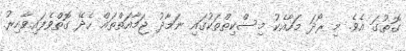
ގޮތުގަ އެވެ. މި ރޯދަ މަހާއެކު މިސްކިތްތަކުގައި ނަމާދު ޖަމާއަތްތައް ހެދޭ ގޮތްވެފައިވާއިރު